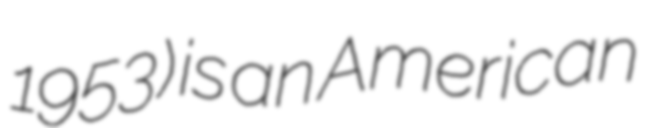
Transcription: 1953) is an American